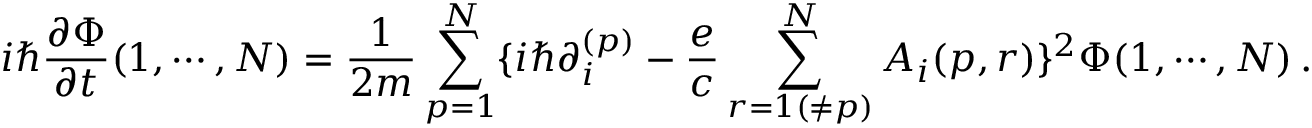
i \hbar { \frac { \partial \Phi } { \partial t } } ( 1 , \cdots , N ) = { \frac { 1 } { 2 m } } \sum _ { p = 1 } ^ { N } \{ i \hbar \partial _ { i } ^ { ( p ) } - { \frac { e } { c } } \sum _ { r = 1 ( \ne p ) } ^ { N } { \cal A } _ { i } ( p , r ) \} ^ { 2 } \Phi ( 1 , \cdots , N ) \, .